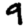
Digit: 9